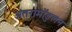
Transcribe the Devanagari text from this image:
अंतरामॉडुलन